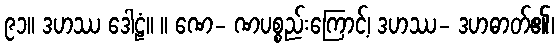
၉၁။ ဒဟဿ ဒေါဠံ။ ။ ဏေ- ဏပစ္စည်းကြောင့်၊ ဒဟဿ- ဒဟဓာတ်၏၊